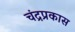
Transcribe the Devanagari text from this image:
चंद्रप्रकास